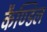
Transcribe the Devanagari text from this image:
कैण्डिल